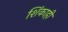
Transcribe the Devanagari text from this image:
शिंकाही